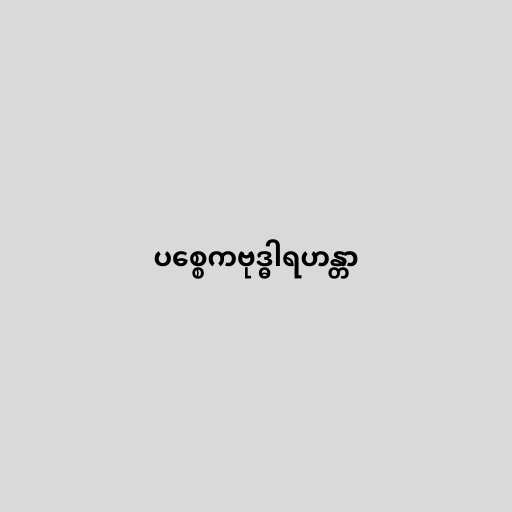
ပစ္စေကဗုဒ္ဓါရဟန္တာ